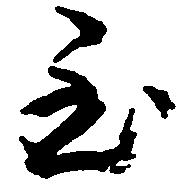
至